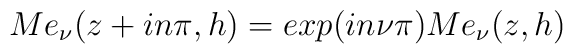
Me_{\nu}(z+in\pi,h)=exp(in\nu\pi) Me_{\nu}(z,h)